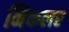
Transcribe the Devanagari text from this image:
निकलर